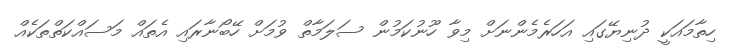
ހިތާމައަކީ ދުނިޔޭގައި އަހަރެމެންނަށް މިވާ ހޫނުކަމުން ސަލަމާތް ވުމަށް ހޭބޯނާރައި އެތައް މަސައްކަތްތަކެއް